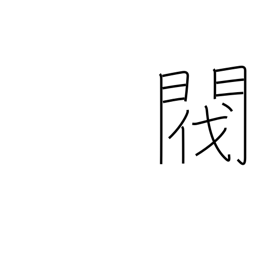
Meaning: pedigree